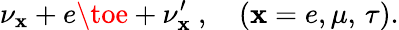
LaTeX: \nu_{\mathbf{x}}+e\toe+\nu_{\mathbf{x}}^{\prime}\ ,\quad(\mathbf{x}=e,\mu,\, \tau).